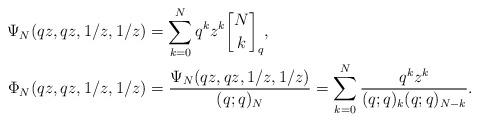
LaTeX: \begin{align*}\Psi_N(qz,qz,1/z,1/z) &= \sum_{k = 0}^N q^kz^k {N\brack k}_q ,\\\Phi_N(qz,qz,1/z,1/z) &= \frac{\Psi_N(qz,qz,1/z,1/z)}{(q;q)_N} = \sum_{k = 0}^N \frac{q^k z^k}{(q;q)_k(q;q)_{N-k}}.\end{align*}